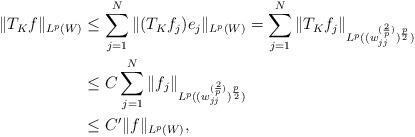
LaTeX: \begin{align*} \|T_Kf\|_{L^p(W)}&\leq \sum_{j=1}^N \|(T_Kf_j) e_j\|_{L^p(W)}=\sum_{j=1}^N \|T_Kf_j\|_{L^p((w_{jj}^{(\frac{2}{p})})^\frac{p}{2})}\\ &\leq C\sum_{j=1}^N \|f_j\|_{L^p((w_{jj}^{(\frac{2}{p})})^\frac{p}{2})}\\ &\leq C'\|f\|_{L^p(W)}, \end{align*}